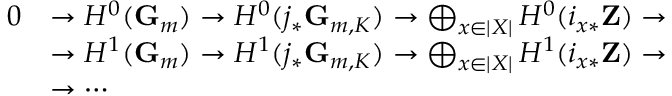
{ \begin{array} { r l } { 0 } & { \to H ^ { 0 } ( \mathbf { G } _ { m } ) \to H ^ { 0 } ( j _ { * } \mathbf { G } _ { m , K } ) \to \bigoplus _ { x \in | X | } H ^ { 0 } ( i _ { x * } \mathbf { Z } ) \to } \\ & { \to H ^ { 1 } ( \mathbf { G } _ { m } ) \to H ^ { 1 } ( j _ { * } \mathbf { G } _ { m , K } ) \to \bigoplus _ { x \in | X | } H ^ { 1 } ( i _ { x * } \mathbf { Z } ) \to } \\ & { \to \cdots } \end{array} }